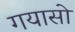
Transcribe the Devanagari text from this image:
गयासो